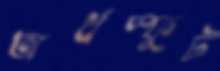
অর্ধস্ফুট